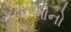
કૂવાઓનો